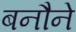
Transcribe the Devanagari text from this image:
बनौने